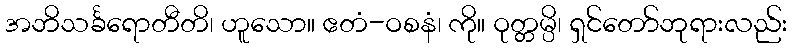
အဘိသင်္ခရောတီတိ၊ ဟူသော။ ဧတံ-ဝစနံ၊ ကို။ ဝုတ္တမ္ပိ၊ ရှင်တော်ဘုရားလည်း